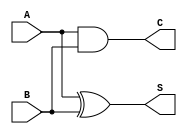
module threshold_half_adder (
    input wire A,    // 1-bit input A
    input wire B,    // 1-bit input B
    output wire S,   // 1-bit output Sum
    output wire C    // 1-bit output Carry
);

// Sum output using XOR operation
assign S = A ^ B;

// Carry output using AND operation
assign C = A & B;

endmodule